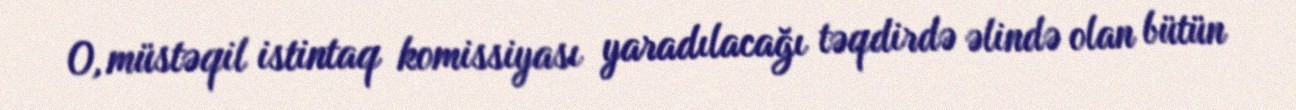
O, müstəqil istintaq komissiyası yaradılacağı təqdirdə əlində olan bütün